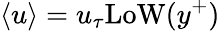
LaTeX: \left<u\right>=u_{\tau}\mathrm{LoW}(y^{+})